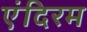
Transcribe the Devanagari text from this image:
एंदिरम